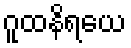
ဂူထနိရယေ